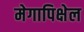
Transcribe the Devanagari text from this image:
मेगापिक्षेल